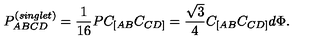
P _ { A B C D } ^ { \left( { \it s i n g l e t } \right) } = \frac { 1 } { 1 6 } P C _ { [ A B } C _ { C D ] } = \frac { \sqrt { 3 } } { 4 } C _ { [ A B } C _ { C D ] } d \Phi .